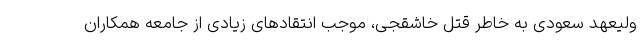
ولیعهد سعودی به خاطر قتل خاشقجی، موجب انتقادهای زیادی از جامعه همکاران